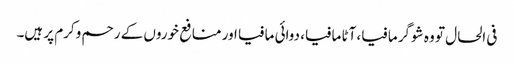
فی الحال تو وہ شوگر مافیا، آٹا مافیا، دوائی مافیا اور منافع خوروں کے رحم وکرم پر ہیں۔